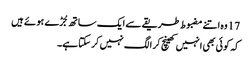
17 وہ اتنے مضبوط طریقے سے ایک ساتھ جُڑے ہو ئے ہیں
کہ کو ئی بھی انہیں کھینچ کر الگ نہیں کر سکتا ہے۔